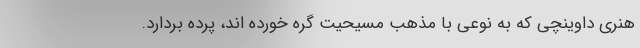
هنری داوینچی که به نوعی با مذهب مسیحیت گره خورده اند، پرده بردارد.